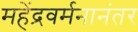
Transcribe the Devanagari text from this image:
महेंद्रवर्मनानंतर